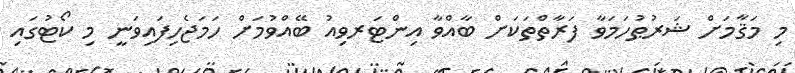
މި މަޤާމަށް ޝަރުޠުހަމަވާ ފަރާތްތަކަށް ބާއްވާ އިންޓަރވިއު ބޭއްވުމަށް ހަމަޖެހިފައިވަނީ މި ކޯޓުގައި